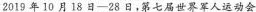
2019年10月18日—28，第七届世界军人运动会